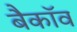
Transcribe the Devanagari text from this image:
बैकॉव